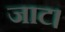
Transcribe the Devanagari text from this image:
जाट।